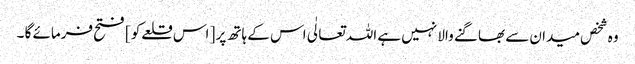
وہ شخص میدان سے بھاگنے والا نہیں ہے اللہ تعالٰی اس کے ہاتھ پر [ اس قلعےکو ] فتح فرمائے گا ۔